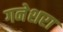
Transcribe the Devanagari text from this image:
गनेशरा